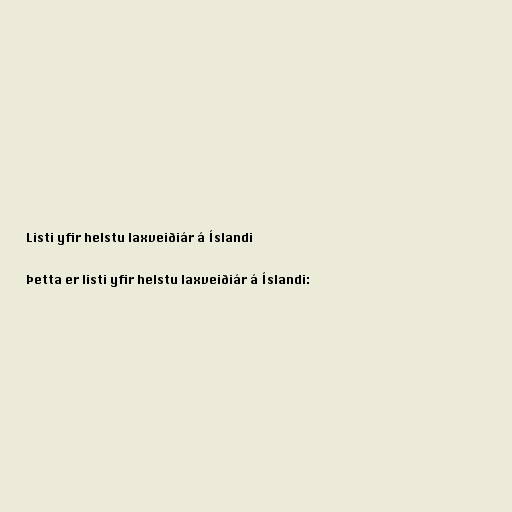
Listi yfir helstu laxveiðiár á Íslandi

Þetta er listi yfir helstu laxveiðiár á Íslandi: